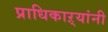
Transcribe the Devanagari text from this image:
प्राधिकाऱ्यांनी